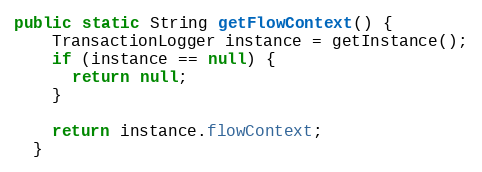
Language: Java
public static String getFlowContext() {
    TransactionLogger instance = getInstance();
    if (instance == null) {
      return null;
    }

    return instance.flowContext;
  }